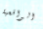
الواقعية